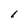
Character: l